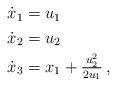
LaTeX: \begin{align*}\begin{aligned}\dot{x}_1&=u_1\\\dot{x}_2&=u_2\\\dot{x}_3&=x_1+\tfrac{u_2^2}{2u_1}\,,\end{aligned}\end{align*}